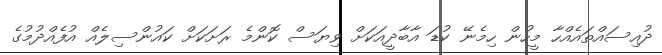
ދުއިސައްތައެއްހާ މީހުން ހިމެނޭ ކުޑަ އާބާދީއަކަށް ވިޔަސް ކޮންމެ ރަށަކަށް ކައުންސިލެއް އުފެއްދުމުގެ